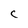
Character: C